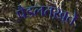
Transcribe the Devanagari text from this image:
पैडलतख़्ते